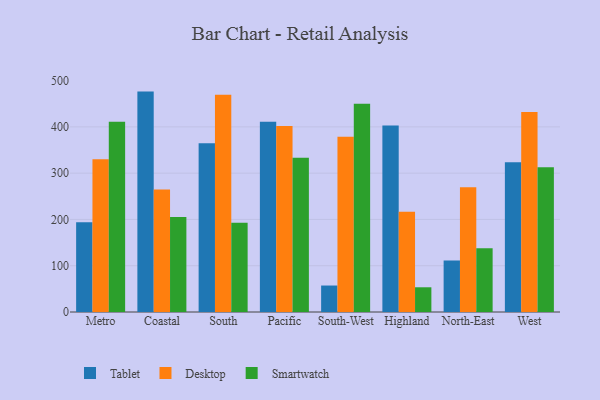
{"axis": {"x": "Region", "y": "Satisfaction Score"}, "legend": ["Desktop", "Smartwatch", "Tablet"], "data": [{"x": "Metro", "y": 193.7, "type": "Tablet"}, {"x": "Metro", "y": 330.0, "type": "Desktop"}, {"x": "Metro", "y": 411.1, "type": "Smartwatch"}, {"x": "Coastal", "y": 476.2, "type": "Tablet"}, {"x": "Coastal", "y": 264.6, "type": "Desktop"}, {"x": "Coastal", "y": 205.4, "type": "Smartwatch"}, {"x": "South", "y": 364.7, "type": "Tablet"}, {"x": "South", "y": 469.2, "type": "Desktop"}, {"x": "South", "y": 192.9, "type": "Smartwatch"}, {"x": "Pacific", "y": 411.3, "type": "Tablet"}, {"x": "Pacific", "y": 402.1, "type": "Desktop"}, {"x": "Pacific", "y": 333.1, "type": "Smartwatch"}, {"x": "South-West", "y": 57.2, "type": "Tablet"}, {"x": "South-West", "y": 378.9, "type": "Desktop"}, {"x": "South-West", "y": 449.7, "type": "Smartwatch"}, {"x": "Highland", "y": 403.0, "type": "Tablet"}, {"x": "Highland", "y": 216.6, "type": "Desktop"}, {"x": "Highland", "y": 53.4, "type": "Smartwatch"}, {"x": "North-East", "y": 111.1, "type": "Tablet"}, {"x": "North-East", "y": 269.8, "type": "Desktop"}, {"x": "North-East", "y": 137.9, "type": "Smartwatch"}, {"x": "West", "y": 323.7, "type": "Tablet"}, {"x": "West", "y": 432.2, "type": "Desktop"}, {"x": "West", "y": 312.9, "type": "Smartwatch"}]}